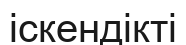
іскендікті